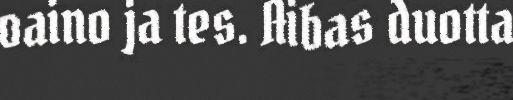
oaino ja tes. Aibas duotta